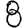
Digit: 8